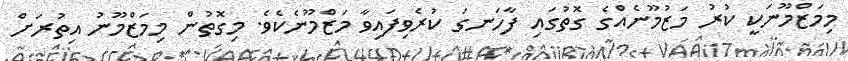
މިމަޒްމޫނަކީ ކުރު މަޒުމޫނެއްގެ ގޮތުގައި ފާހަނގަ ކުރެވިފައިވާ މަޒްމޫނެކެވެ. މިގޮތުން މިމަޒްމޫނު އިތުރަށް